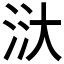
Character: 𣴘